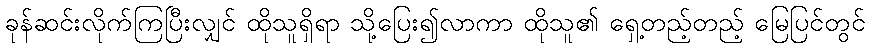
ခုန်ဆင်းလိုက်ကြပြီးလျှင် ထိုသူရှိရာ သို့ပြေး၍လာကာ ထိုသူ၏ ရှေ့တည့်တည့် မြေပြင်တွင်